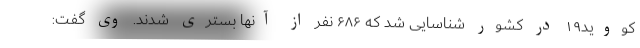
کووید۱۹ در کشور شناسایی شد که ۶۸۶ نفر از آنها بستری شدند. وی گفت: